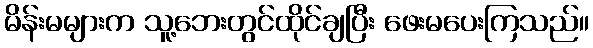
မိန်းမများက သူ့ဘေးတွင်ထိုင်ချပြီး ဖေးမပေးကြသည်။